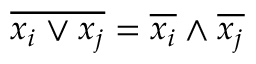
\overline { { x _ { i } \vee x _ { j } } } = \overline { { x _ { i } } } \wedge \overline { { x _ { j } } }